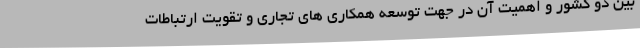
بین دو کشور و اهمیت آن در جهت توسعه همکاری های تجاری و تقویت ارتباطات